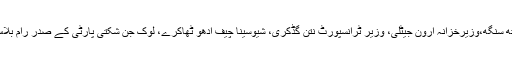
اس موقع پر وزیرداخلہ راجناتھ سنگھ،وزیرخزانہ ارون جیٹلی، وزیر ٹرانسپورٹ نتن گڈکری، شیوسینا چیف ادھو ٹھاکرے، لوک جن شکتی پارٹی کے صدر رام بلاس پاسوان وغیرہ موجود تھے۔